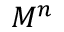
M ^ { n }